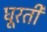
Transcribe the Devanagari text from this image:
घूरती